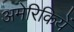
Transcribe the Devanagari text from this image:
अमेरिकियें